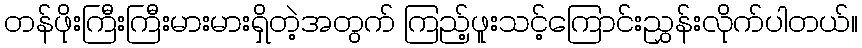
တန်ဖိုးကြီးကြီးမားမားရှိတဲ့အတွက် ကြည့်ဖူးသင့်ကြောင်းညွှန်းလိုက်ပါတယ်။